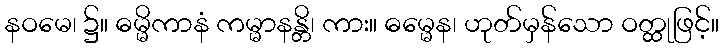
နဝမေ၊ ၌။ ဓမ္မိကာနံ ကမ္မာနန္တိ၊ ကား။ ဓမ္မေန၊ ဟုတ်မှန်သော ဝတ္ထုဖြင့်။